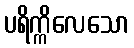
ပရိက္ကိလေသော